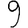
Digit: 9